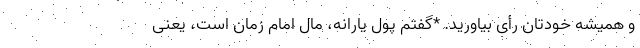
و همیشه خودتان رأی بیاورید. *گفتم پول یارانه، مال امام زمان است، یعنی